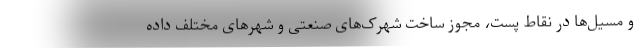
و مسیل‌ها در نقاط پست، مجوز ساخت شهرک‌های صنعتی و شهرهای مختلف داده